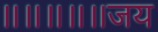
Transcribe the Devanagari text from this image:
॥॥॥॥॥जय